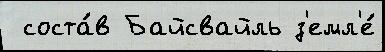
 соста́в Байсвайль з'емл'е́